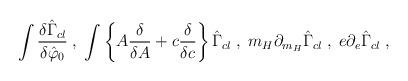
LaTeX: \begin{align*} \int \frac{\delta \hat{\Gamma}_{cl}}{\delta \hat{\varphi}_0} \; ,\; \int \left\{ A \frac{\delta}{\delta A} + c \frac{\delta}{\delta c} \right\} \hat{\Gamma}_{cl} \; ,\; m_H \partial_{m_H} \hat{\Gamma}_{cl} \; , \; e \partial_e \hat{\Gamma}_{cl} \; ,\end{align*}